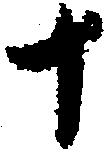
十